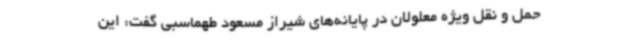
حمل و نقل ویژه معلولان در پایانه‌های شیراز مسعود طهماسبی گفت: این